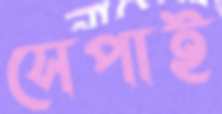
সেপাই